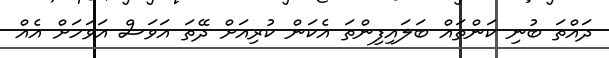
ދައްތަ ބުނި ކަންތައް ބަލައިފިންތަ އެކަން ކުރިއަށް ދޭތަ އަވަސް އަވަހަށް އެއް